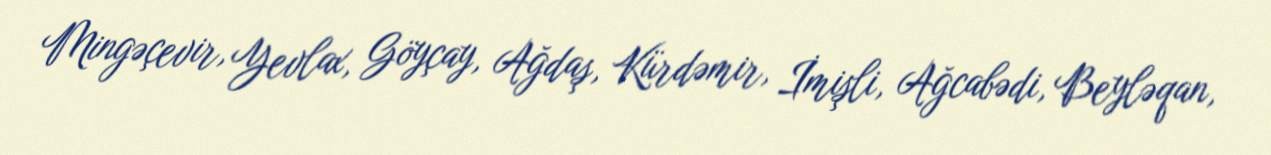
Mingəçevir, Yevlax, Göyçay, Ağdaş, Kürdəmir, İmişli, Ağcabədi, Beyləqan,